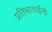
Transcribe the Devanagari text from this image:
प्रतिभाताईंनी